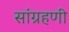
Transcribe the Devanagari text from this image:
सांग्रहणी